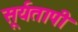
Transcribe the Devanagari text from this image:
सूर्यतापी